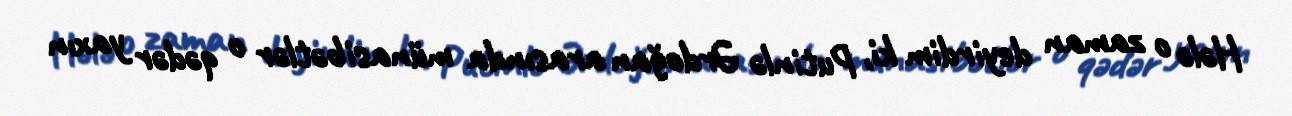
Hələ o zaman deyirdim ki, Putinlə Ərdoğan arasında münasibətlər o qədər yaxın